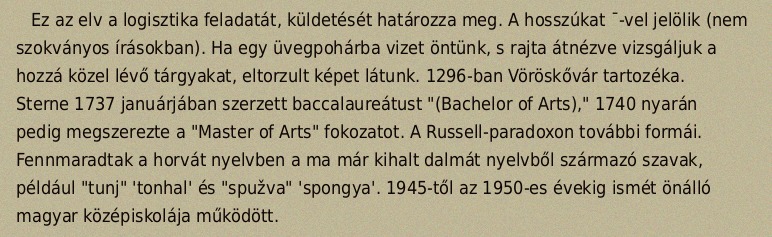
Ez az elv a logisztika feladatát, küldetését határozza meg. A hosszúkat ¯-vel jelölik (nem szokványos írásokban). Ha egy üvegpohárba vizet öntünk, s rajta átnézve vizsgáljuk a hozzá közel lévő tárgyakat, eltorzult képet látunk. 1296-ban Vöröskővár tartozéka. Sterne 1737 januárjában szerzett baccalaureátust "(Bachelor of Arts)," 1740 nyarán pedig megszerezte a "Master of Arts" fokozatot. A Russell-paradoxon további formái. Fennmaradtak a horvát nyelvben a ma már kihalt dalmát nyelvből származó szavak, például "tunj" 'tonhal' és "spužva" 'spongya'. 1945-től az 1950-es évekig ismét önálló magyar középiskolája működött.